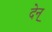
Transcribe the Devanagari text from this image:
देन्